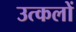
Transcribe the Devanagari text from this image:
उत्कलों